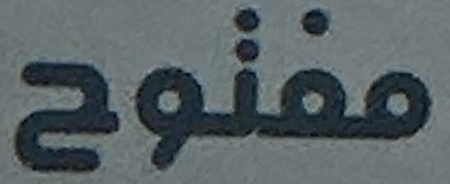
مفتوحە